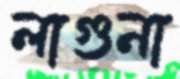
লাগুনা